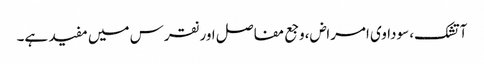
آتشک، سوداوی امراض،وجع مفاصل اور نقرس میں مفید ہے۔